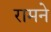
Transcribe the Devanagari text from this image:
रामने